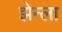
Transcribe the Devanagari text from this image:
झेन्ला